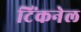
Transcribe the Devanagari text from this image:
टिंकनेल